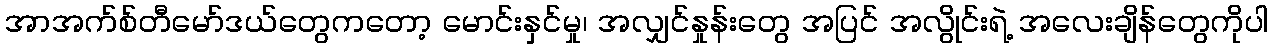
အာအက်စ်တီမော်ဒယ်တွေကတော့ မောင်းနှင်မှု၊ အလျှင်နှုန်းတွေ အပြင် အလွိုင်းရဲ့ အလေးချိန်တွေကိုပါ